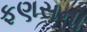
ફણસના